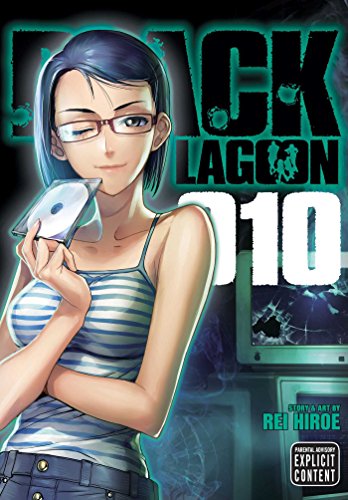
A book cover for Black Lagoon, Vol. 10; Rei Hiroe; Comics & Graphic Novels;